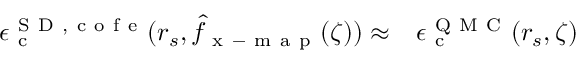
\begin{array} { r l } { \epsilon _ { \mathrm { ~ c ~ } } ^ { { \mathrm { ~ S ~ D ~ } } , \mathrm { ~ c ~ o ~ f ~ e ~ } } ( r _ { s } , \hat { f } _ { \mathrm { ~ x ~ - ~ m ~ a ~ p ~ } } ( \zeta ) ) \approx } & { { } \epsilon _ { \mathrm { ~ c ~ } } ^ { \mathrm { ~ Q ~ M ~ C ~ } } ( r _ { s } , \zeta ) } \end{array}